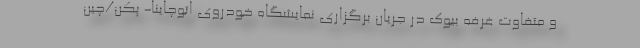
و متفاوت غرفه بیوک در جریان برگزاری نمایشگاه خودروی اتوچاینا- پکن/چین